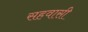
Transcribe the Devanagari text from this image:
सहवासी